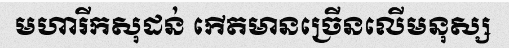
មហារីកសុដន់ កើតមានច្រើនលើមនុស្ស